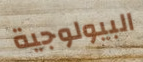
البيولوجية